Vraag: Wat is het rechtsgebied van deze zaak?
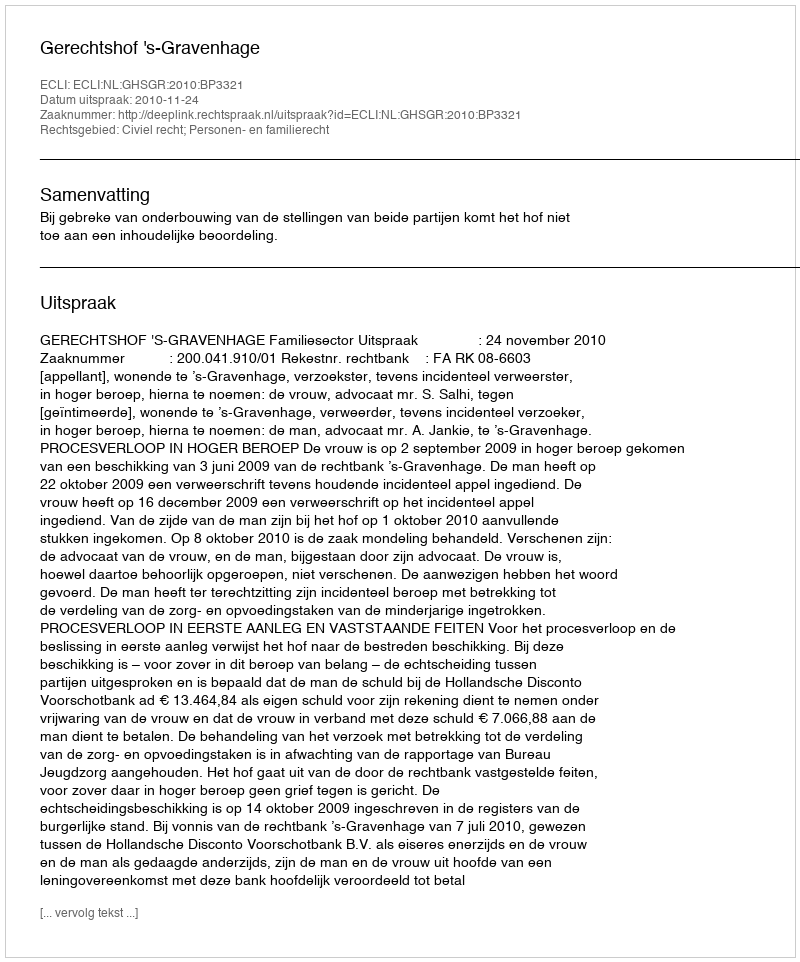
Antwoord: Civiel recht; Personen- en familierecht